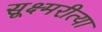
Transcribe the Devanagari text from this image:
सूक्ष्मरीत्या